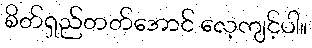
စိတ်ရှည်တတ်အောင် လေ့ကျင့်ပါ။